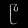
Digit: ၉